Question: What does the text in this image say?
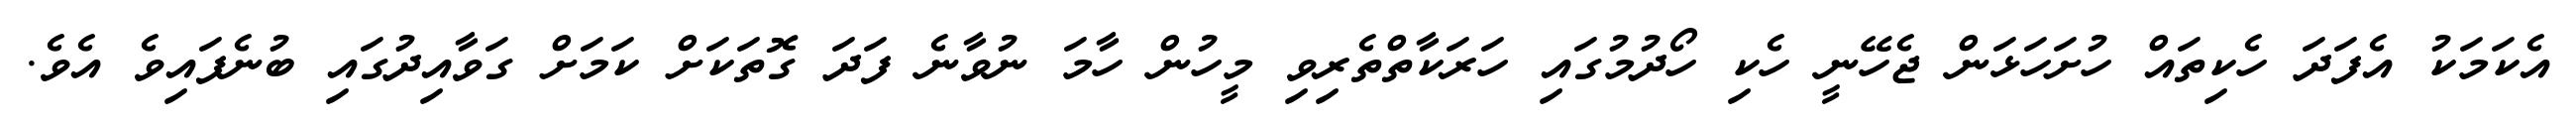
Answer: އެކަމަކު އެފަދަ ހެކިތައް ހުށަހަޅަން ޖެހޭނީ ހެކި ހޯދުމުގައި ހަރަކާތްތެރިވި މީހުން ހާމަ ނުވާނެ ފަދަ ގޮތަކަށް ކަމަށް ގަވާއިދުގައި ބުނެފައިވެ އެވެ.